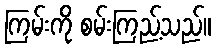
ကြမ်းကို စမ်းကြည့်သည်။